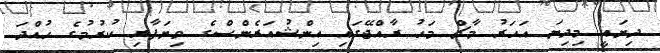
ދިޔައީ މިދިޔަ އަހަރު މާޗް މަހު ރާއްޖޭގައި އިންޝުއަރެންސްގެ ވިޔަފާރި ކުރުމުގެ ހުއްދަ